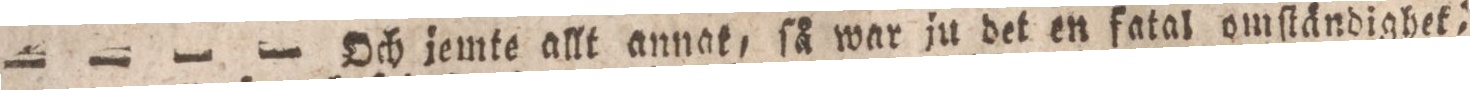
— — — — Och jemte allt annat, ſå war ju det en fatal omſtändighet,